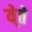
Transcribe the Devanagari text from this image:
ये्ते